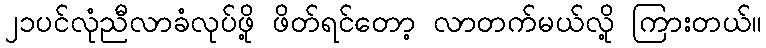
၂၁ပင်လုံညီလာခံလုပ်ဖို့ ဖိတ်ရင်တော့ လာတက်မယ်လို့ ကြားတယ်။